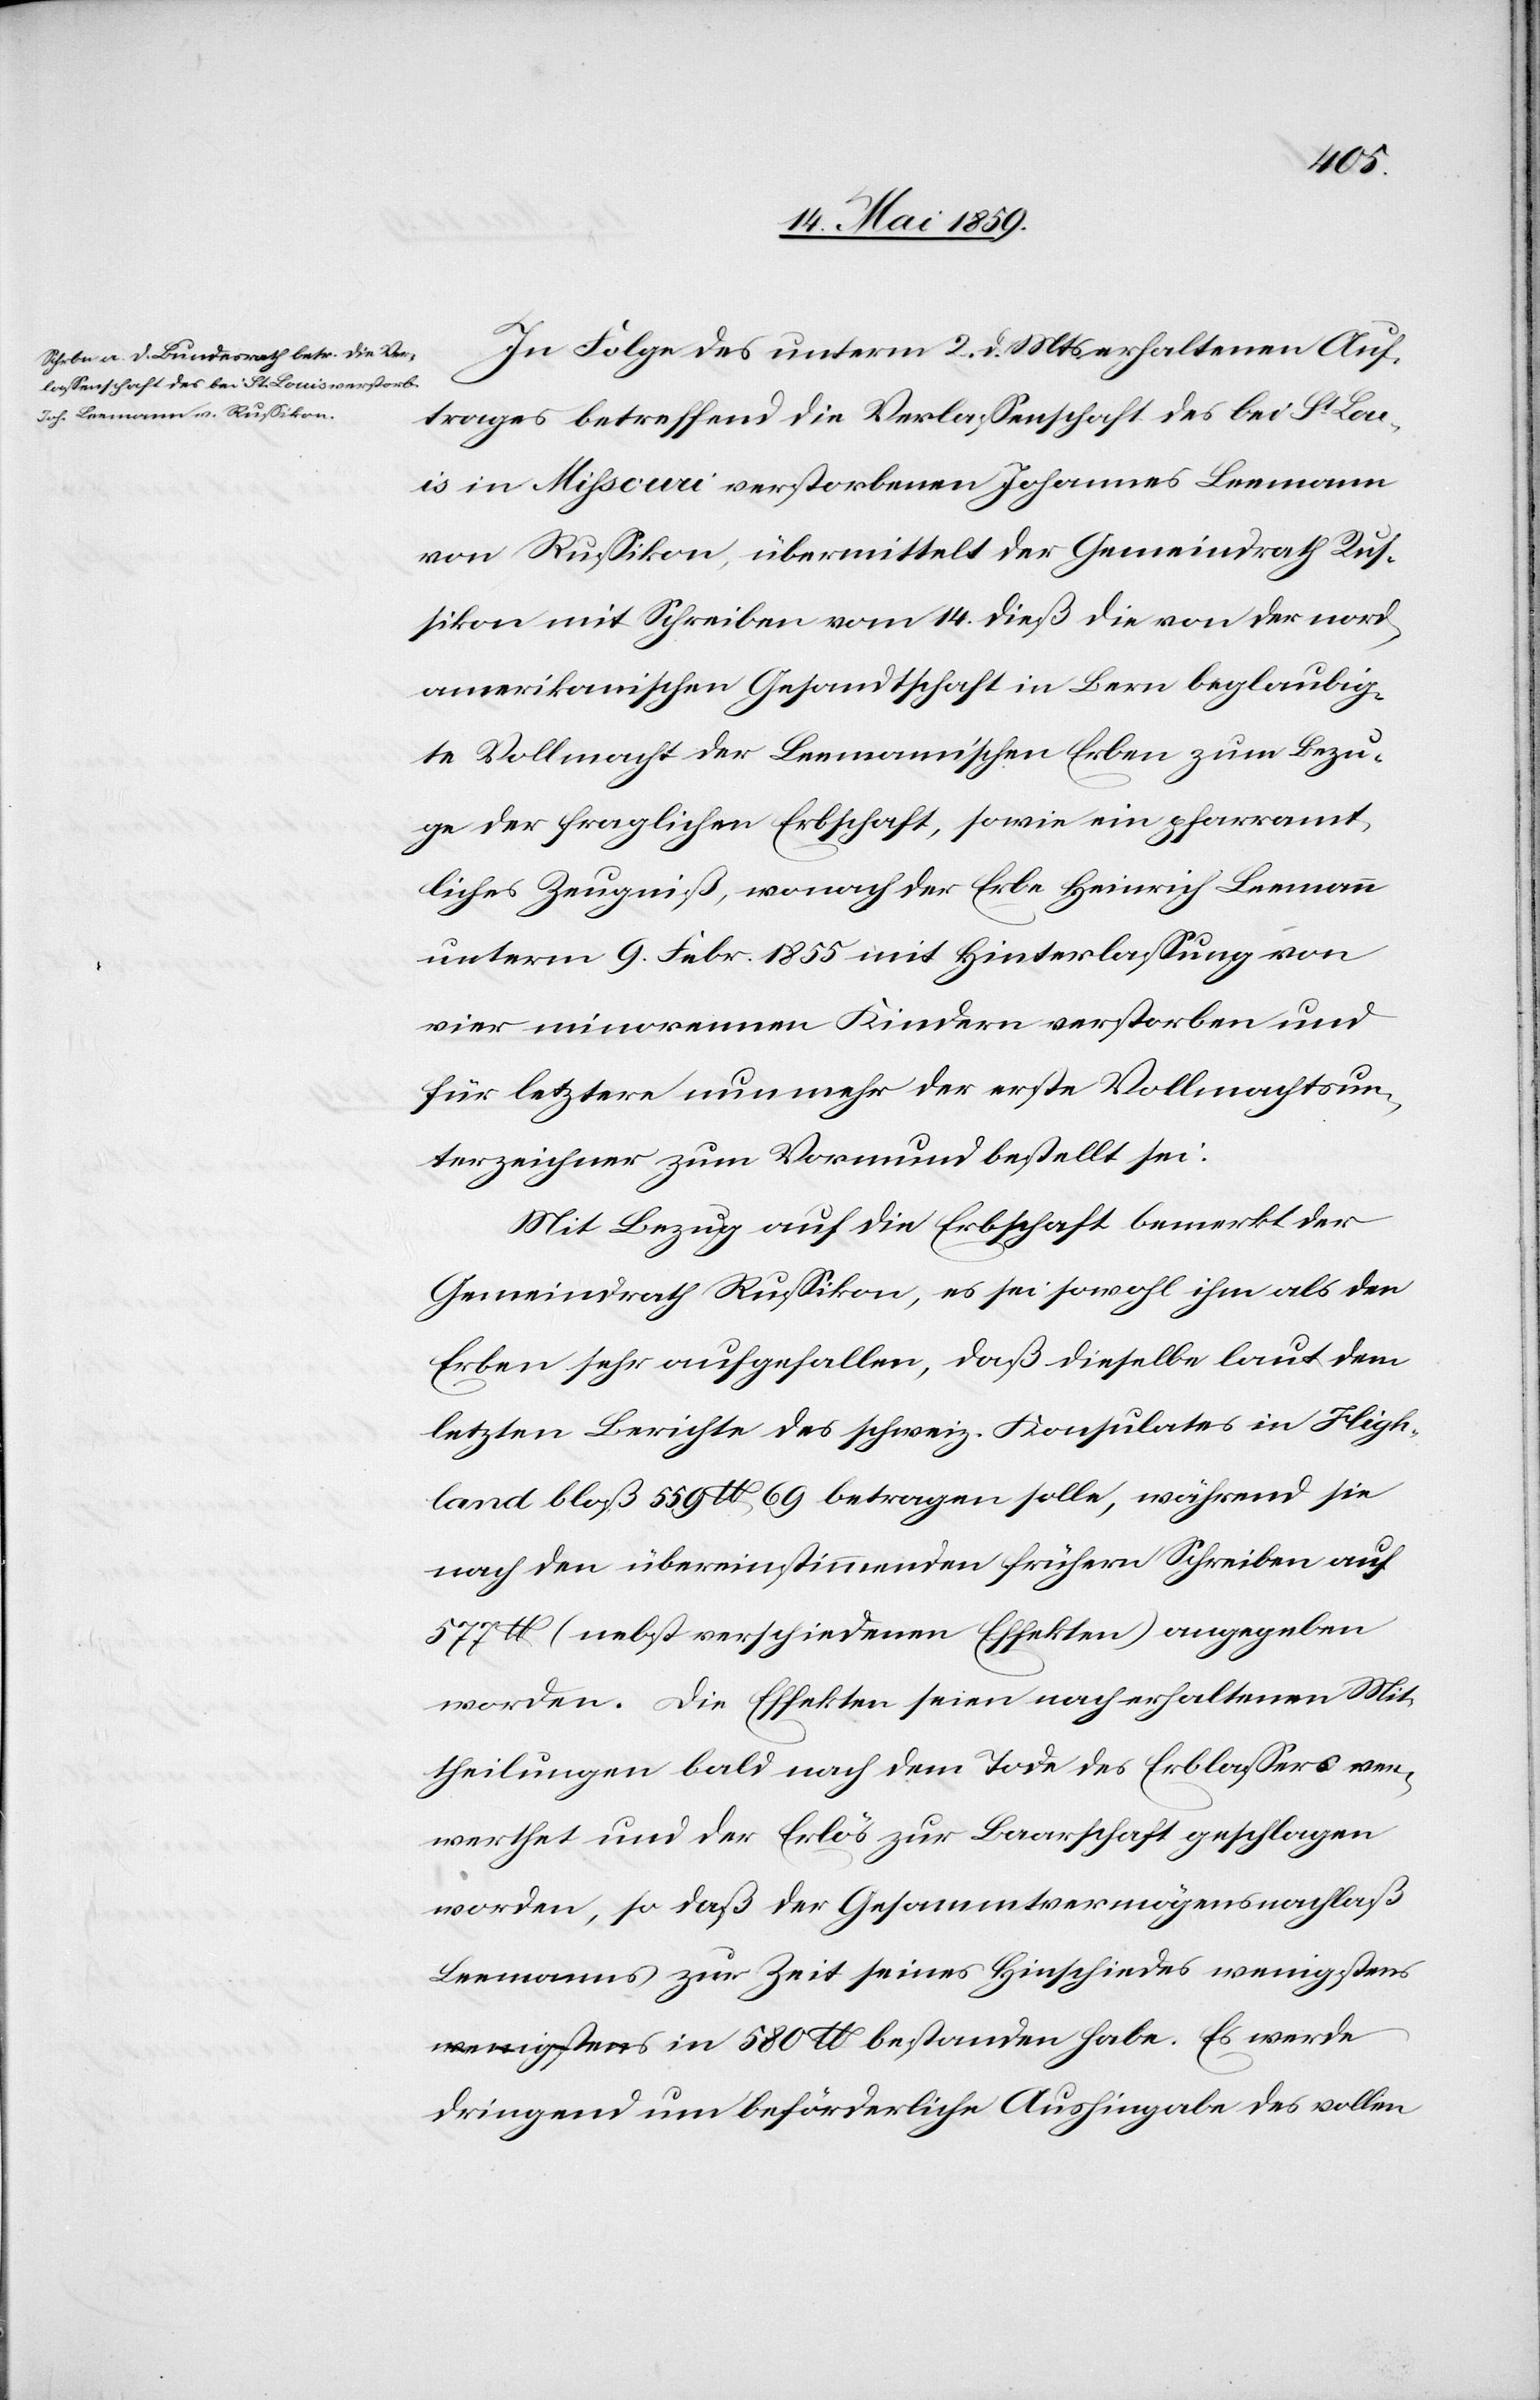
16. Mai 1859.]
In Folge des unterm 2. d. Mts erhaltenen Auf¬
trages betreffend die Verlaßenschaft des bei St. Lo¬
uis in Mißouri verstorbenen Johannes Leemann
von Rußikon, übermittelt der Gemeindrath Ru¬
ßikon mit Schreiben vom 14. dieß die von der nord¬
amerikanischen Gesandtschaft in Bern beglaubig¬
te Vollmacht der Leemann’schen Erben zum Bezu¬
ge der fraglichen Erbschaft, sowie ein pfarramt¬
liches Zeugniß, wonach der Erbe Heinrich Leemann
unterm 9. Febr. 1855 mit Hinterlaßung von
vier minorennen Kindern verstorben und
für letztere nunmehr der erste Vollmachtsun¬
terzeichner zum Vormund bestellt sei.
Mit Bezug auf die Erbschaft bemerkt der
Gemeindrath Rußikon, es sei sowohl ihm als den
Erben sehr aufgefallen, daß dieselbe laut dem
letzten Berichte des schweiz. Konsulates in High¬
land bloß 559 $ 69 betragen solle, während sie
nach den übereinstimmenden frühern Schreiben auf
577 $ (nebst verschiedenen Effekten) angegeben
worden. Die Effekten seien nach erhaltenen Mit¬
theilungen bald nach dem Tode des Erblaßers ver¬
werthet und der Erlös zur Baarschaft geschlagen
worden, so daß der Gesammtvermögensnachlaß
Leemanns zur Zeit seines Hinschiedes wen¬
igstens in 580 $ bestanden habe. Es werde
dringend um beförderliche Aushingabe des vollen